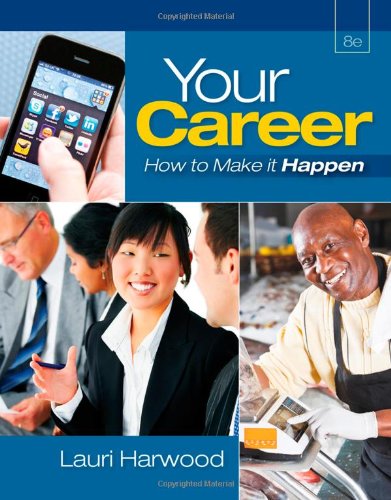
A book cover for Your Career: How To Make It Happen (with Career Transitions Printed Access Card); Lauri Harwood; Business & Money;